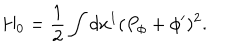
H _ { 0 } = { \frac { 1 } { 2 } } \int d x ^ { 1 } ( P _ { \phi } + \phi ^ { \prime } ) ^ { 2 } .